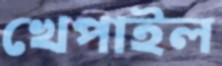
খেপাইল